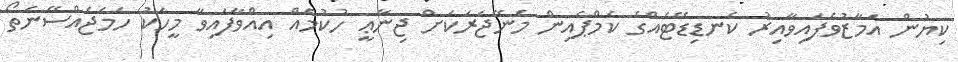
ކިޔުން އަމާޒުވެފައިވާއިރު ކެނޑިޑޭޓެއްގެ ކެމްޕެއިން މެނޭޖަރަކަށް ޖިނާޢީ ހުކުމެއް އިއްވާފައިވާ މީހަކު ހަމަޖެއްސޭނެތޯ